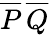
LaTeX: {\overline{{P}}}\, {\overline{{Q}}}